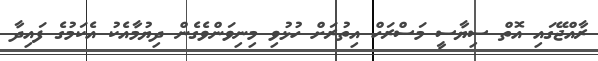
ރާއްޖޭގައި އޮތް ސިޔާސީ މަސްރަހް އިތުރަށް ހުޅުވި މިނިވަންވެގެން ދިޔުމާއެކު އެކަމުގެ ފައިދާ